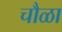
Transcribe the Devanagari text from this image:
चौळा